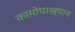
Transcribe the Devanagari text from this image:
कामोपाख्यान